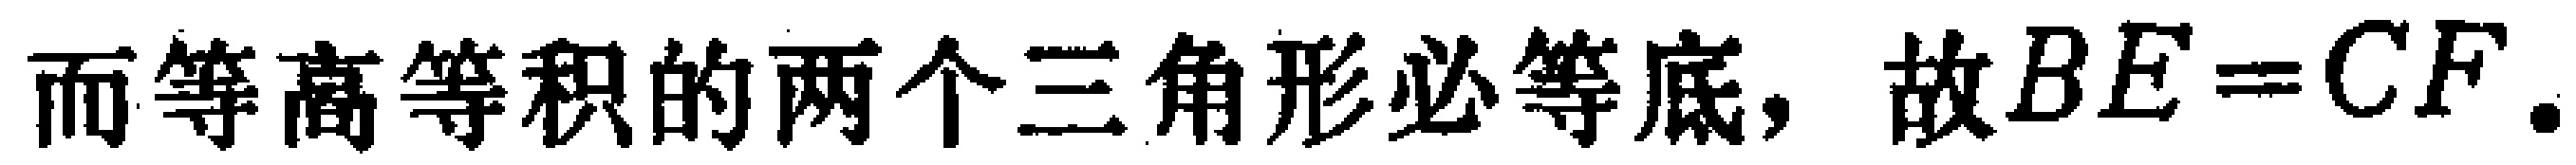
而等高等积的两个三角形必等底，故\(BE = CF\)。